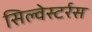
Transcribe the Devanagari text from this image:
सिल्वेस्टर्रस